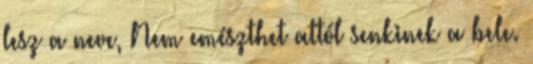
lesz a neve, Nem emészthet attól senkinek a bele.